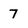
Character: 7